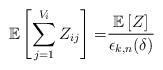
LaTeX: \begin{align*}\mathbb{E} \left[\sum_{j=1}^{V_i} Z_{ij}\right] =& \frac{\mathbb{E} \left[ Z \right]}{\epsilon_{k,n}(\delta)} \end{align*}